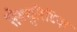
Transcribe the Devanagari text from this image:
सेक्युरिटिज़